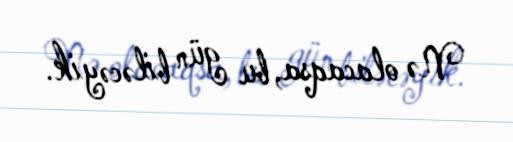
Nə olacaqsa, bu gün biləcəyik.